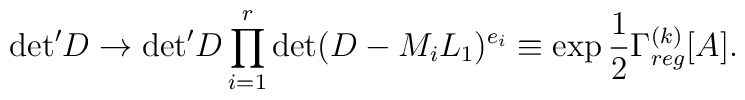
{\det}'D \to{\det}'D \prod_{i=1}^r\det(D-M_iL_1)^{e_i}\equiv\exp\frac{1}{2}\Gamma_{reg}^{(k)}[A].